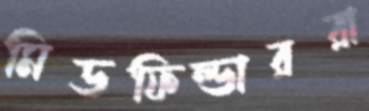
মিডফিল্ডাররা